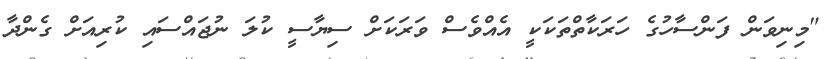
"މިނިވަން ފަންސާހުގެ ހަރަކާތްތަކަކީ އެއްވެސް ވަރަކަށް ސިޔާސީ ކުލަ ނުޖައްސައި ކުރިއަށް ގެންދާ